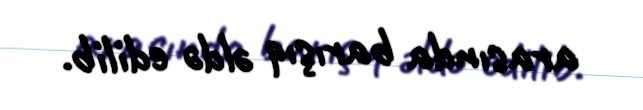
arasında barışıq əldə edilib.